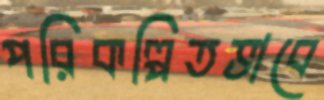
পরিকল্পিতভাবে